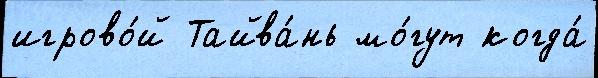
игрово́й Тайва́нь мо́гут когда́